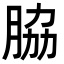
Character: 脇